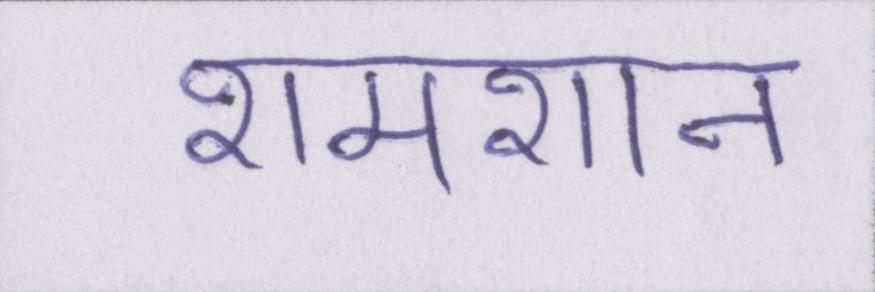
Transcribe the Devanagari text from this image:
शमशान